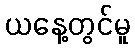
ယနေ့တွင်မူ